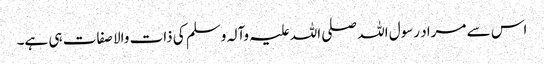
اس سے مراد رسول اللہ صلی اللہ علیہ وآلہ وسلم کی ذات والا صفات ہی ہے۔